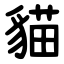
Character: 貓